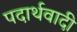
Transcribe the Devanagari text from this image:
पदार्थवादी